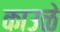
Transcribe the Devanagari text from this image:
काउळे